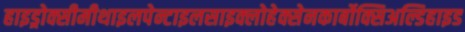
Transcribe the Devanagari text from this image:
हाइड्रोक्सीमीथाइलपेन्टाइलसाइक्लोहेक्सेनकार्बोक्सिअल्डिहाइड